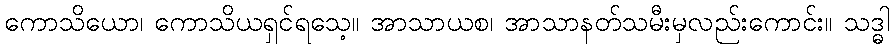
ကောသိယော၊ ကောသိယရှင်ရသေ့။ အာသာယစ၊ အာသာနတ်သမီးမှလည်းကောင်း။ သဒ္ဓါ